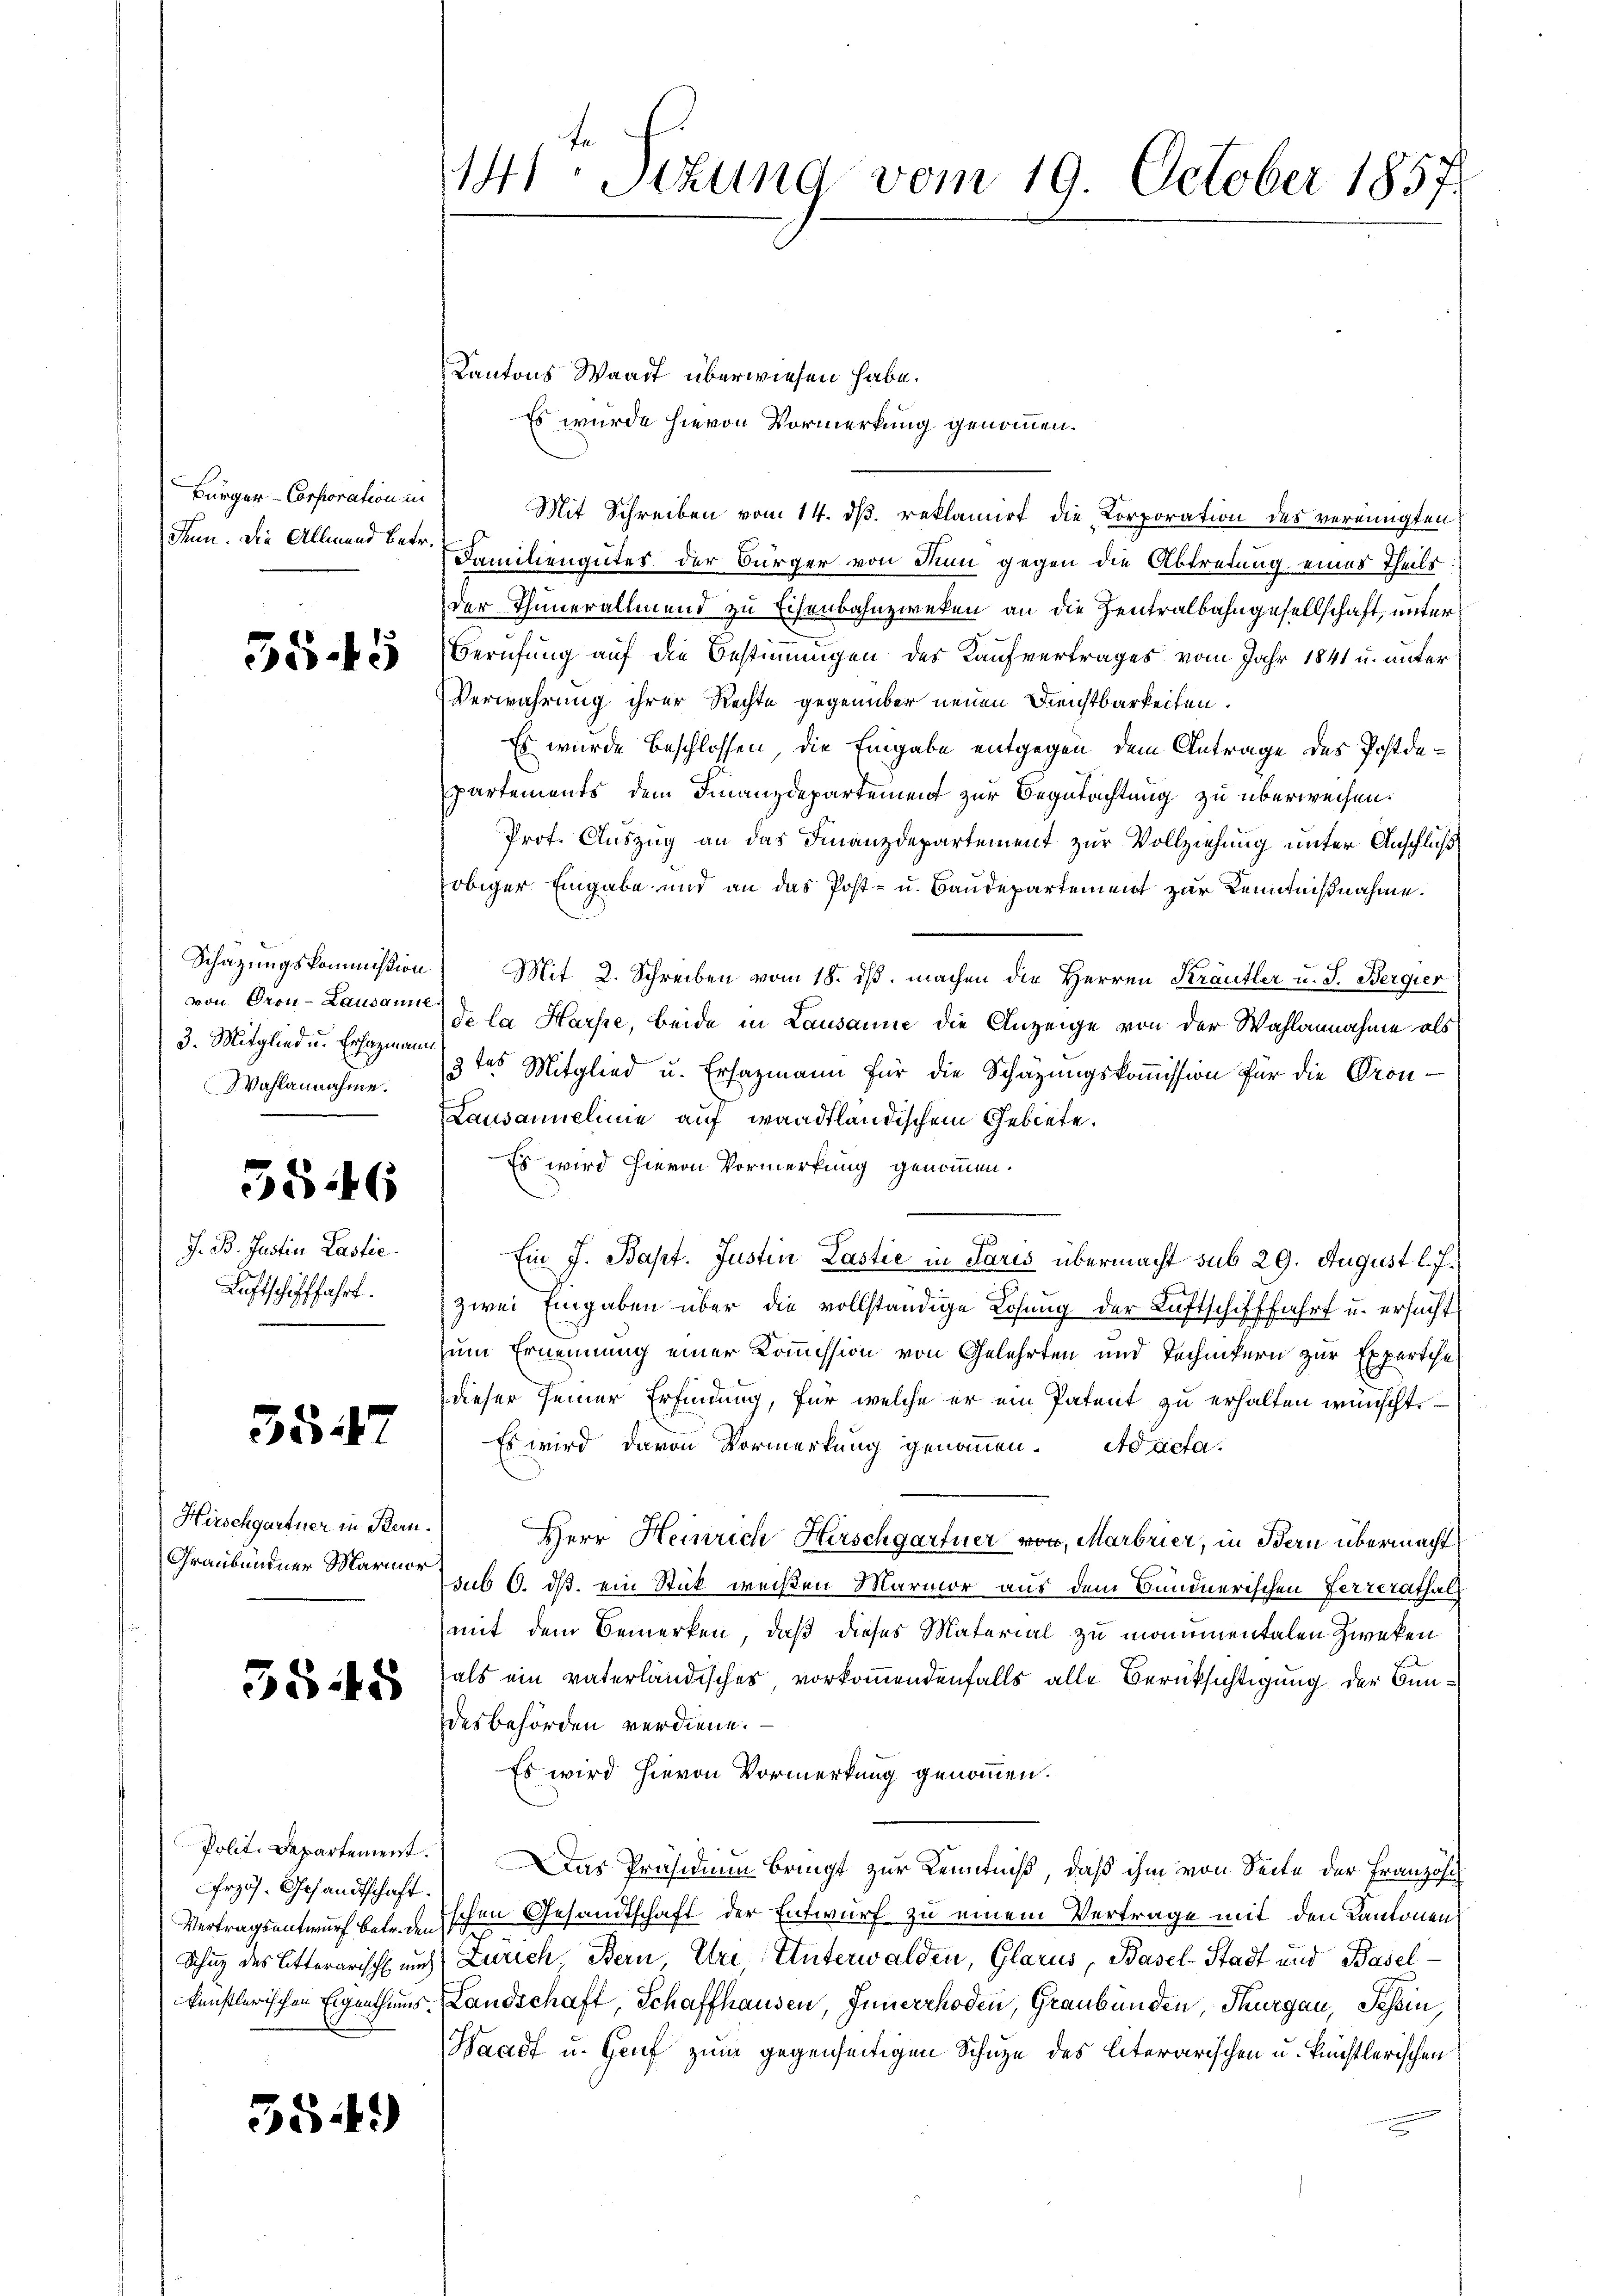
Bürger-Corporation in
denn. Die Allmend betr.

5545

von Gron-Lausanne
3. Mitglied u. Ersatzmann
Wahlannahme.

5546

J. B. Justin Lastic
Luftschifffahrt.

3547

Hirschgartner in Bern.
Graubündner Marinor

3848

rzös. Gesandtschaft.

5544)

Kantons Waadt überwiesen habe.
Es wurde hievon Vormerkung genommen.
Mit Schreiben vom 14. ds. reklamirt die Corporation des vereinigten
Familiengutes der Bürger von Sinn gegen die Abtretung eines Theils.
der Thunerallmend zu Eisenbahnzweken an die Zentralbahngesellschaft, unter
Berufung auf die Bestimmungen des Kaufvertrages vom Jahr 1841 u. unter
Verwahrung ihrer Rechte gegenüber neuen Dienstbarkeiten.
Es wurde beschlossen, die Eingabe entgegen dem Antrage des Postdepartements dem Finanzdepartement zur Begutachtung zu überweisen.
Prot. Auszug an das Finanzdepartement zur Vollziehung unter Anschluß
obiger Eingabe und an das Post- u. Baudepartement zur Kenntnißnahme.
Schazungskommißion Mit 2. Schreiben vom 18. ds. machen die Herren Krautler u. S. Bergier
de la Harste, beide in Lausanne die Anzeige von der Wahlannahme als
3tes Mitglied u. Ersazmann für die Schätzungskommission für die Pron-
Lausannelinie auf waadtländischem Gebiete.
Es wird hievon Vormerkung genommen.
Ein J. Bapt. Justin Lastie in Paris übermacht sub 29. August l. J.
zwei Eingaben über die vollständige Losung der Luftschifffahrt u. ersucht
zum Ernennung einer Kommission von Gelehrten und Technikern zur Expertche
dieser seiner Erfindung, für welche er ein Patent zu erhalten wünscht.
Es wird davon Vormerkung genommen. Ad acta.
Herr Heinrich Hirschgartner vor, Marbrier, in Bern übermacht
sub 6. ds. ein Stick weißen Marmor aus dem Bundnerischen Ferrerathals
mit dem Bemerken, daß dieses Material zu monumentalen Zwecken
als ein vaterländisches vorkommendenfalls alle Berüksichtigung der Bundesbehörden verdiene.
Es wird hievon Vormerkung genommen.
Polit. Departement. Das Präsidium bringt zur Kenntniß, daß ihm von Seite der Französi
Vertragsentwurf betrischen Gesandtschaft der Entwurf zu einem Vertrage mit den Kantonens
d
Schuz des Litterarisch auch Zürich. Bern, Uri, Unterwalden, Glarus, Basel-Stadt und Basel-
künstlerischen Eigenthums-Landschaft, Schaffhausen, Innerrhoden, Graubünden, Thurgau, Tessin,
Waadt u. Genf zum gegenseitigen Schuze des literarischen u. künstlerischen

141. Sitzung vom 19. October 1857